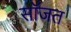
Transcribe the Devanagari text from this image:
सॉजत